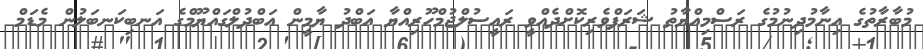
މުބާރާތުގެ އިނާމުދިނުމުގެ ރަސްމިއްޔާތު ޝަރަފްވެރިކޮށްދެއްވީ ރައީސުލްޖުމްހޫރިއްޔާ އަބްދު ޔާމީން އަބްދުލްގައްޔޫމްގެ އަނބިކަނބަލުން މެޑަމް